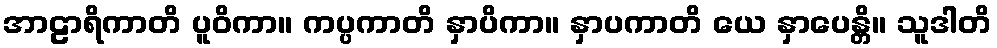
အာဠာရိကာတိ ပူဝိကာ။ ကပ္ပကာတိ နှာပိကာ။ နှာပကာတိ ယေ နှာပေန္တိ။ သူဒါတိ